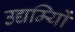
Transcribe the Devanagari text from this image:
उद्यम्यिों